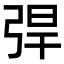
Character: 𢏥